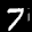
Label: 7